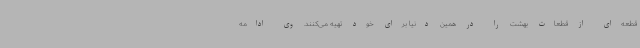
قطعه‌ای از قطعات بهشت را در همین دنیا برای خود تهیه می‌کنند. وی ادامه